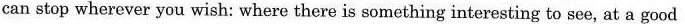
can stop wherever you wish: where there is something interesting to see, at a good